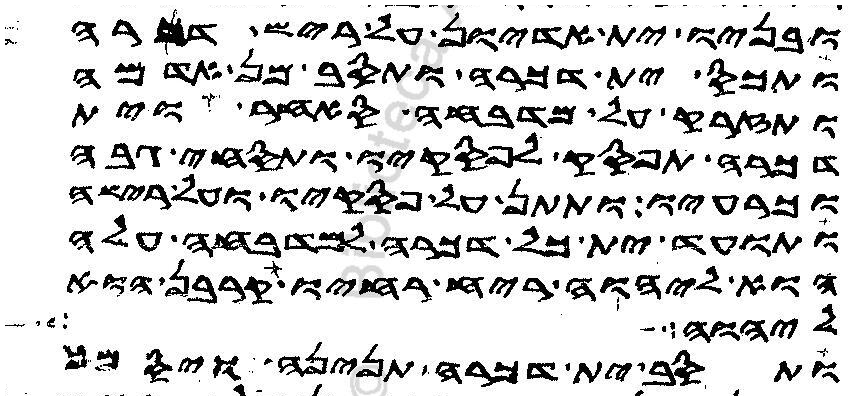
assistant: ובניו ית אדיון על ריש דכרה
ותכס ית דכרה ותסב מן אדמה
ותזרק על מדבחה סאחר וית
דכרה תפסק לפסקיו ותסחי גבה
וכרעיו ותתן על פסקיו ועל רישה
ותועד ית כל דכרה למדבחה עלה
הוא ליהוה ריח רחיו קרבן הוא
יהוה שלח
ותסב ית דכרה תנינה ויסמך